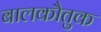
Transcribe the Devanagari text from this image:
बालकौतुक